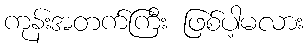
ကုန်းအတက်ကြီး ဖြစ်ပါ့မလား